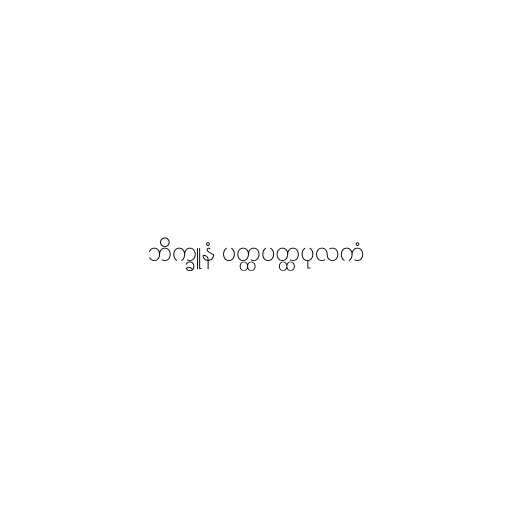
ဘိက္ခူနံ ပတ္ထပတ္ထပုလကံ